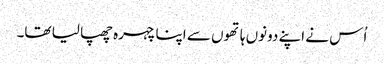
اُس نے اپنے دونوں ہاتھوں سے اپنا چہرہ چھپا لیا تھا۔